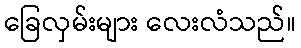
ခြေလှမ်းများ လေးလံသည်။